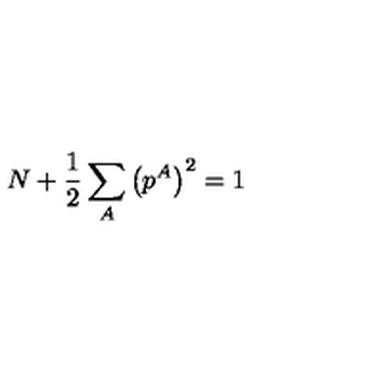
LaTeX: N + \frac { 1 } { 2 } \sum _ { A } \left( p ^ { A } \right) ^ { 2 } = 1